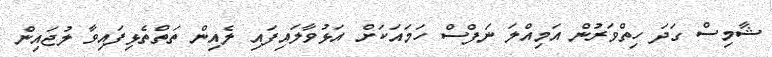
ޝާމިސް ގަދަ ހިތްވަރުން އަމިއްލަ ނަފްސް ހަމައަކަށް އަޅުވާލައިފައި ލެއިން ތަތްތެޅިފައިވާ ލުޖައިން